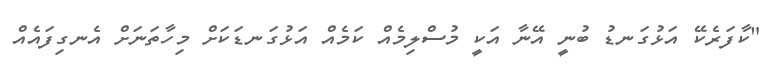
"ކާފަރެކޭ އަޅުގަނޑު ބުނީ އޭނާ އަކީ މުސްލިމެއް ކަމެއް އަޅުގަނޑަކަށް މިހާތަނަށް އެނގިފައެއް